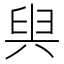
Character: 𠔜